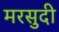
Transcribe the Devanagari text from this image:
मरसुदी